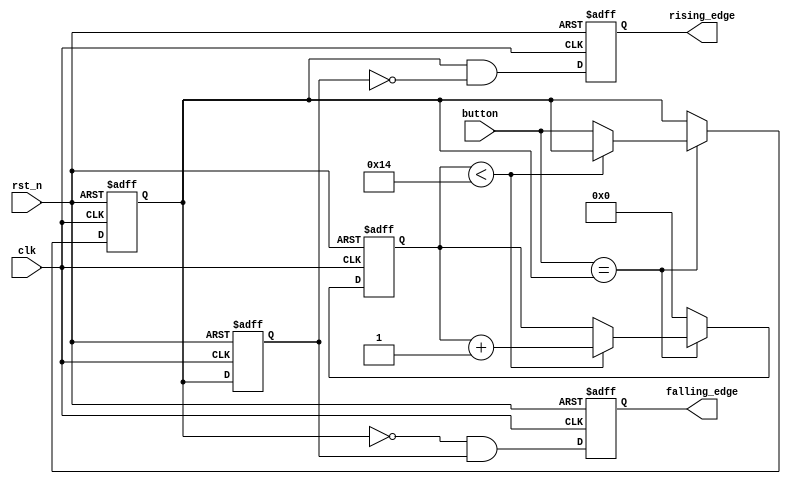
module debounced_edge_detector (
    input wire clk,               // Clock input
    input wire rst_n,             // Active low reset
    input wire button,            // Asynchronous input signal (button)
    output reg rising_edge,       // Output pulse for rising edge
    output reg falling_edge       // Output pulse for falling edge
);

    parameter DEBOUNCE_TIME = 20; // Debounce time in clock cycles (adjust as needed)
    
    reg [4:0] debounce_counter;    // Counter for debounce time (5 bits for up to 31)
    reg button_stable;             // Stable state of the button
    reg button_stable_prev;        // Previous stable state of the button

    // Debouncing logic
    always @(posedge clk or negedge rst_n) begin
        if (!rst_n) begin
            debounce_counter <= 0;
            button_stable <= 0;
        end else begin
            // If the button state is stable, reset the counter
            if (button == button_stable) begin
                if (debounce_counter < DEBOUNCE_TIME)
                    debounce_counter <= debounce_counter + 1;
                else
                    button_stable <= button; // Update stable state
            end else begin
                debounce_counter <= 0; // Reset counter if the state changes
            end
        end
    end

    // Edge detection logic
    always @(posedge clk or negedge rst_n) begin
        if (!rst_n) begin
            button_stable_prev <= 0;
            rising_edge <= 0;
            falling_edge <= 0;
        end else begin
            // Detect edges
            rising_edge <= (button_stable && !button_stable_prev);
            falling_edge <= (!button_stable && button_stable_prev);
            // Update previous stable state
            button_stable_prev <= button_stable;
        end
    end

endmodule